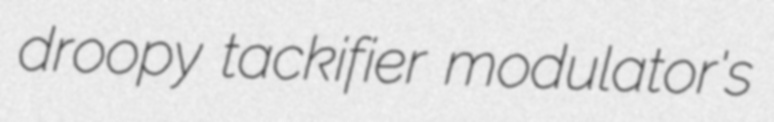
droopy tackifier modulator's